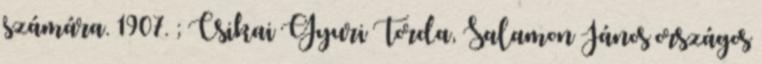
számára. 1907. ; Csikai Gyuri Torda, Salamon János országos